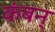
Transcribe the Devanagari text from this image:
कंबन्